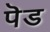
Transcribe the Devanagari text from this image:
पॆड